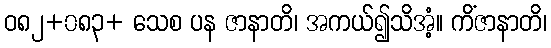
ဝ၈၂+၀၈၃+ သေစ ပန ဇာနာတိ၊ အကယ်၍သိအံ့။ ကိံဇာနာတိ၊